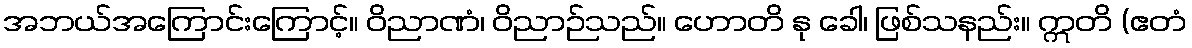
အဘယ်အကြောင်းကြောင့်။ ဝိညာဏံ၊ ဝိညာဉ်သည်။ ဟောတိ နု ခေါ၊ ဖြစ်သနည်း။ ဣတိ (ဧတံ